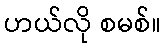
ဟယ်လို စမစ်။